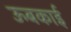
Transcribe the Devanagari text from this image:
ऊबकाई